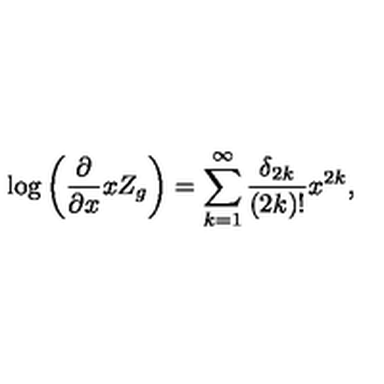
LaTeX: \log \left( \frac { \partial } { \partial x } x Z _ { g } \right) = \sum _ { k = 1 } ^ { \infty } \frac { \delta _ { 2 k } } { ( 2 k ) ! } x ^ { 2 k } ,